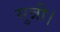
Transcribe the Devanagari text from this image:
सुन्नी।